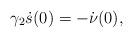
LaTeX: \begin{align*}\gamma_2\dot s(0) = -\dot{ \nu} (0),\end{align*}